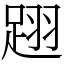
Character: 䟳